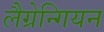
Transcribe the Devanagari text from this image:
लैग्रेन्गियन